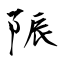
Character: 陙